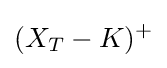
(X_{T}-K)^{+}